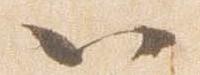
以